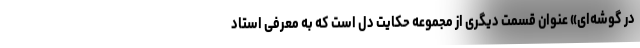
در گوشه‌ای» عنوان قسمت دیگری از مجموعه حکایت دل است که به معرفی استاد